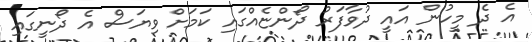
އެ ދެ މީހުން އައީ ދުވާފަރު ދޯންޏެއްގައި ކަމަށް ވިޔަސް އެ ދޯނީގައި